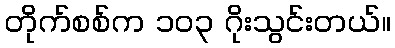
တိုက်စစ်က ၁၀၃ ဂိုးသွင်းတယ်။